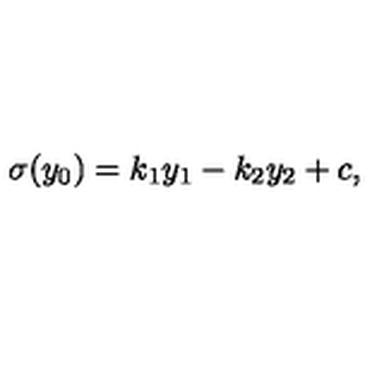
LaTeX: \sigma ( y _ { 0 } ) = k _ { 1 } y _ { 1 } - k _ { 2 } y _ { 2 } + c , \,